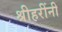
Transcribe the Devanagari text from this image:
श्रीहरींनी